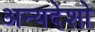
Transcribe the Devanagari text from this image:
अन्यदेशो